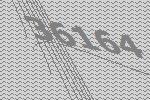
36164